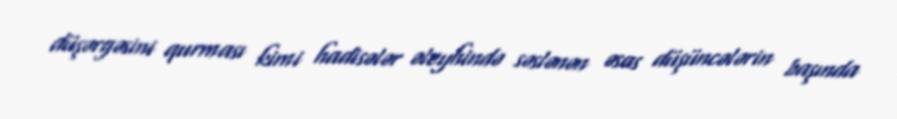
düşərgəsini qurması kimi hadisələr əleyhində səslənən əsas düşüncələrin başında